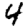
Digit: 4